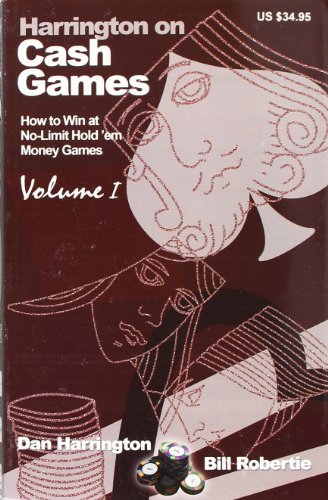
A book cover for Harrington on Cash Games: How to Win at No-Limit Hold'em Money Games, Vol. 1; Dan Harrington; Humor & Entertainment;